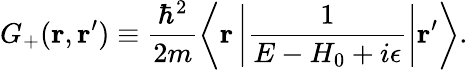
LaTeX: G_{+}(\mathbf{r},\mathbf{r}^{\prime})\equiv\frac{\hbar^{2}}{2m}\left\langle\mathbf{r}\left|\frac{1}{E-H_{0}+i\epsilon}\right|\mathbf{r}^{\prime}\right\rangle.